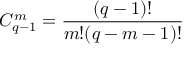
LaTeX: C _ { q - 1 } ^ { m } = \frac { ( q - 1 ) ! } { m ! ( q - m - 1 ) ! }